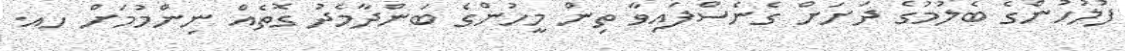
ފުލުހުންގެ ބެލުމުގެ ދަށަށް ގެނެސްފައިވާ ތިން މީހުންގެ ބަންދާމެދު ގޮތެއް ނިންމުމަށް ހއ.